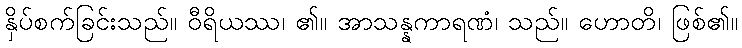
နှိပ်စက်ခြင်းသည်။ ဝီရိယဿ၊ ၏။ အာသန္နကာရဏံ၊ သည်။ ဟောတိ၊ ဖြစ်၏။